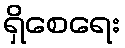
ရှိစေရေး